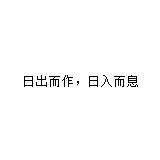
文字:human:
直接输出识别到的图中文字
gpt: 日出而作，日入而息